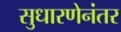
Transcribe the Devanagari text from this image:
सुधारणेनंतर